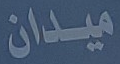
ميدان